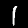
Label: 1